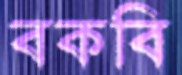
বকবি